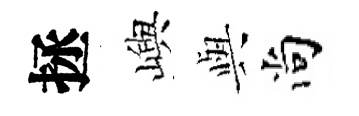
拯嶼𫤰尚